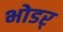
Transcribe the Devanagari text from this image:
भोडर्